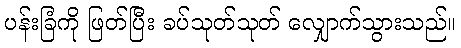
ပန်းခြံကို ဖြတ်ပြီး ခပ်သုတ်သုတ် လျှောက်သွားသည်။